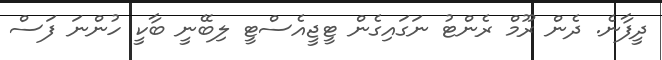
ދީފާނެ. ދެން ރޫމް ރެންޓު ނަގައިގެން ޓީޖީއެސްޓީ ލިބޭނީ ބާކީ ހުންނަ ފަސް